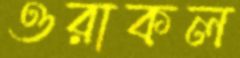
ওরাকল